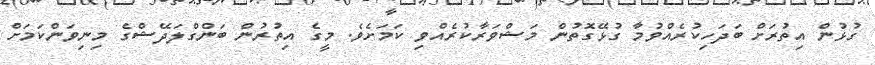
ގުޅުން އިތުރަށް ބަދަހިކުރެއްވުމާ ގުޅޭގޮތުން މަޝްވަރާކުރެއްވި ކަމަށެވެ. މީގެ އިތުރުން ބަންގްލަދޭޝްގެ މިނިވަންކަމަށް